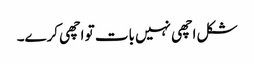
شکل اچھی نہیں بات تو اچھی کرے۔